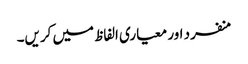
منفرد اور معیاری الفاظ میں کریں۔